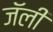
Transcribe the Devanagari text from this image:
जॅली